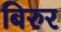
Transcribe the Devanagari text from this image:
बिरुर